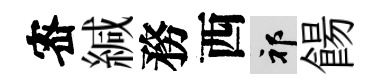
宻緘務西祁餳